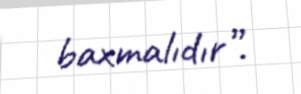
baxmalıdır”.